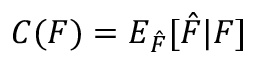
\begin{array} { r } { C ( F ) = E _ { \hat { F } } [ \hat { F } | F ] } \end{array}